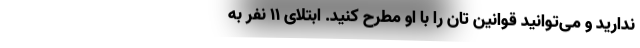
ندارید و می‌توانید قوانین تان را با او مطرح کنید. ابتلای 11 نفر به